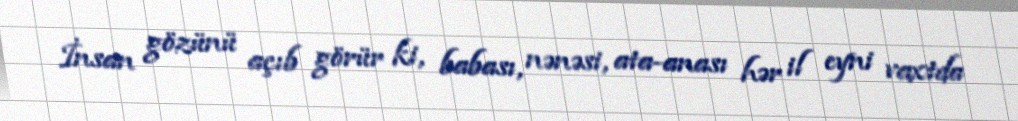
İnsan gözünü açıb görür ki, babası, nənəsi, ata-anası hər il eyni vaxtda